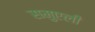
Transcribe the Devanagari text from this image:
समुएली